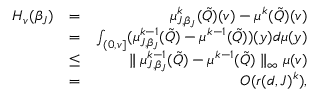
\begin{array} { r l r } { H _ { v } ( \beta _ { J } ) } & { = } & { \mu _ { J , \beta _ { J } } ^ { k } ( \tilde { Q } ) ( v ) - \mu ^ { k } ( \tilde { Q } ) ( v ) } \\ & { = } & { \int _ { ( 0 , v ] } ( \mu _ { J , \beta _ { J } } ^ { k - 1 } ( \tilde { Q } ) - \mu ^ { k - 1 } ( \tilde { Q } ) ) ( y ) d \mu ( y ) } \\ & { \leq } & { \parallel \mu _ { J , \beta _ { J } } ^ { k - 1 } ( \tilde { Q } ) - \mu ^ { k - 1 } ( \tilde { Q } ) \parallel _ { \infty } \mu ( v ) } \\ & { = } & { O ( r ( d , J ) ^ { k } ) , } \end{array}